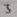
Text: 3